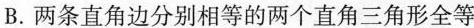
B.两条直角边分别相等的两个直角三角形全等